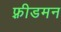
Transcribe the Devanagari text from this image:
फ़्रीडमन